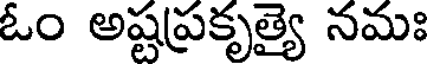
ఓం అష్టప్రకృత్యై నమః